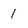
Character: 1